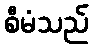
စီမံသည်